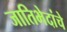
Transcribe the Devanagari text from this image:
जातिभेदांचे